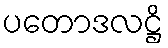
ပတောဒလဋ္ဌိ